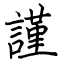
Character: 謹